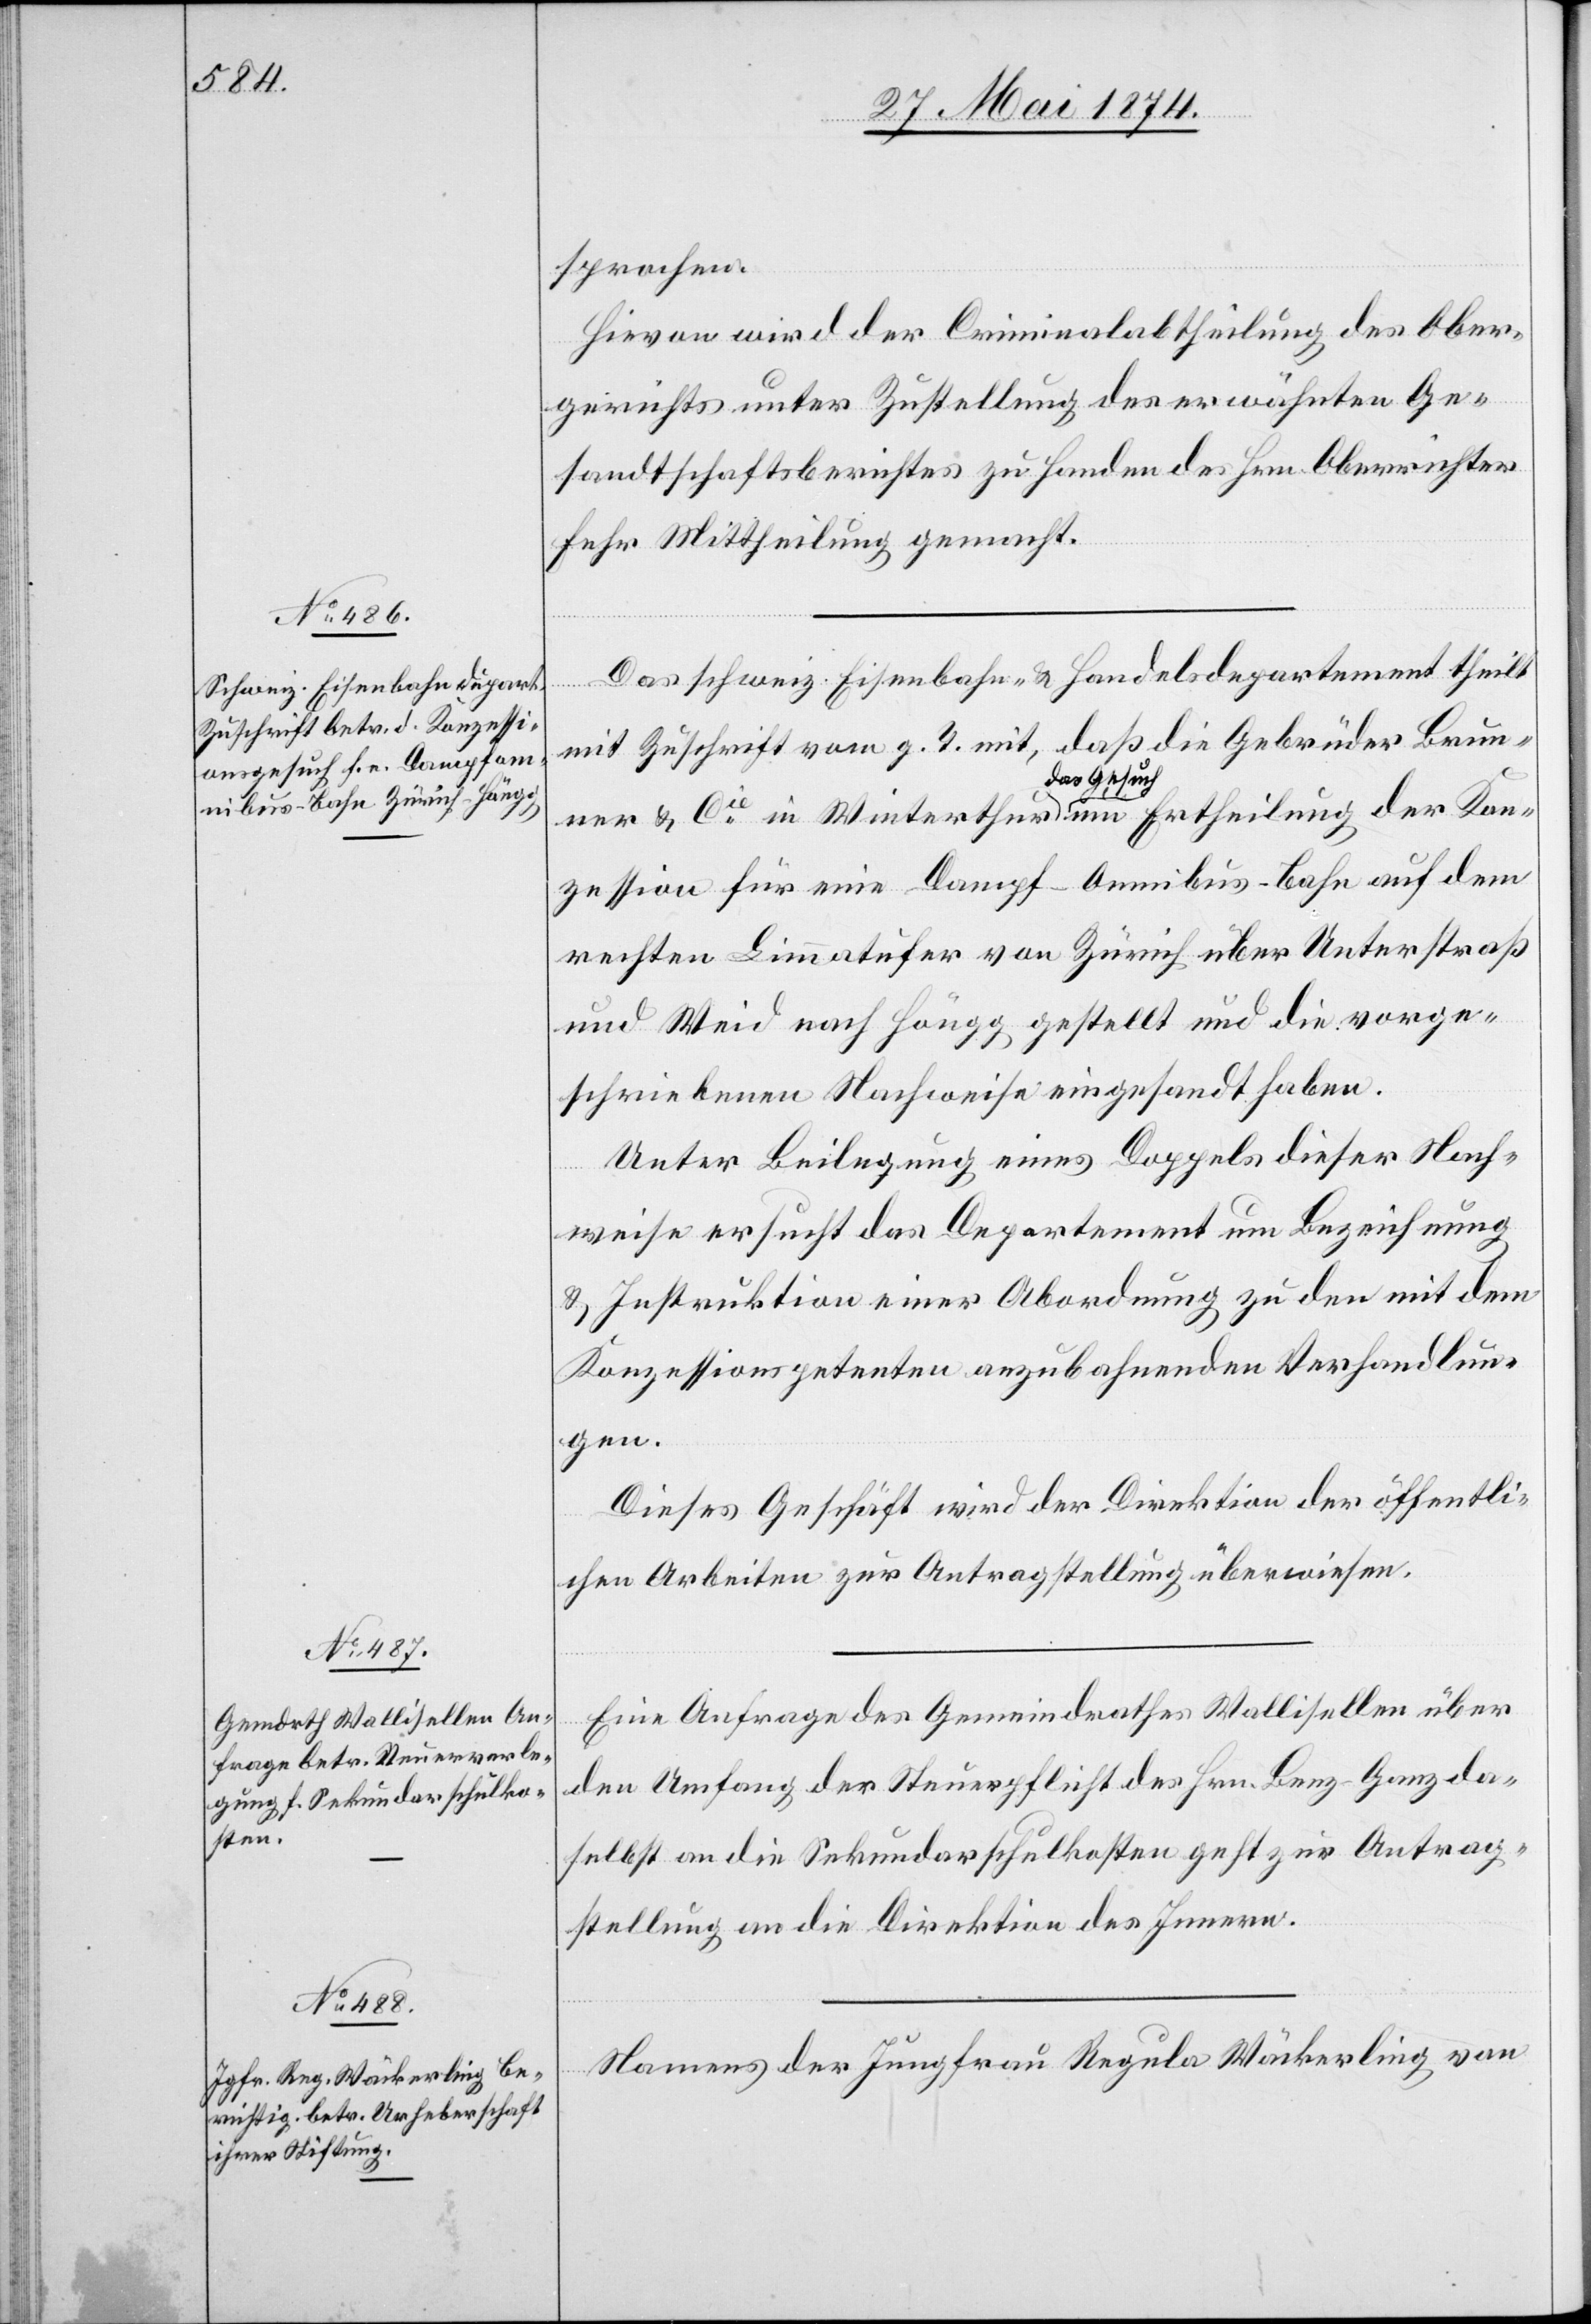
27. Mai 1874.]
sprochen.
Hievon wird der Criminalabtheilung des Ober¬
gerichts unter Zustellung des erwähnten Ge¬
sandtschaftsberichtes zu Handen des Hrn. Oberrichter
Fehr Mittheilung gemacht.
Das schweiz. Eisenbahn- u. Handelsdepartement theilt
mit Zuschrift vom g. T. mit, daß die Gebrüder Brun¬
ner u. Cie in Winterthur das Gesuch um Ertheilung der Kon¬
zession für eine Dampf-Omnibus-Bahn auf dem
rechten Limmathufer von Zürich über Unterstraß
und Weid nach Höngg gestellt und die vorge¬
schriebenen Nachweise eingesandt haben.
Unter Beilegung eines Doppels dieser Nach¬
weise ersucht das Departement um Bezeichnung
u. Instruktion einer Abordnung zu den mit dem
Konzessionspetenten anzubahnenden Verhandlun¬
gen.
Dieses Geschäft wird der Direktion der öffentli¬
chen Arbeiten zur Antragstellung überwiesen.
Eine Anfrage des Gemeindrathes Wallisellen über
den Umfang der Steuerpflicht des Hrn. Benz-Ganz da¬
selbst an die Sekundarschulkosten geht zur Auftrag¬
stellung an die Direktion des Innern.
Namens der Jungfrau Regula Wäckerling von